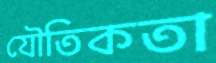
যৌতিকতা